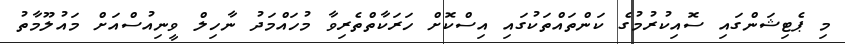
މި ޕެޓިޝަންގައި ސޮއިކުރުމުގެ ކަންތައްތަކުގައި އިސްކޮށް ހަރަކާތްތެރިވާ މުހައްމަދު ނާހިލް ވީނިއުސްއަށް މައުލޫމާތު